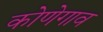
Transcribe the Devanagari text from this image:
कोणेगाव